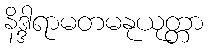
နိဒ္ဒါရာမတမနုယုတ္တာ